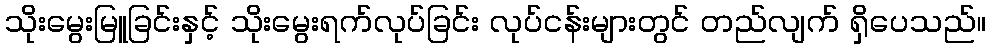
သိုးမွေးမြူခြင်းနှင့် သိုးမွေးရက်လုပ်ခြင်း လုပ်ငန်းများတွင် တည်လျက် ရှိပေသည်။